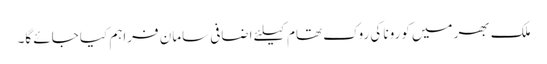
ملک بھر میں کورونا کی روک تھام کیلئے اضافی سامان فراہم کیا جائے گا۔